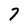
Character: 7